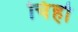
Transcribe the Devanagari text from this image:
चिंहो